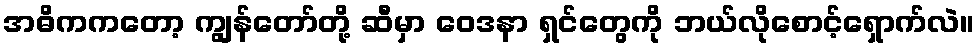
အဓိကကတော့ ကျွန်တော်တို့ ဆီမှာ ဝေဒနာ ရှင်တွေကို ဘယ်လိုစောင့်ရှောက်လဲ။